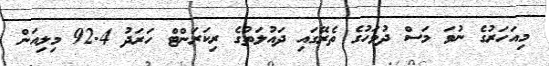
މިއަހަރުގެ ނުވަ މަސް ދުވަހުގެ ތެރޭގައި ދައުލަތުގެ ރިކަރަންޓް ހަރަދު 92.4 މިލިއަން